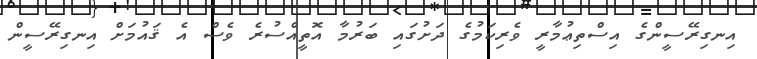
އިނގިރޭސީންގެ އިސްތިޢުމާރީ ވެރިކަމުގެ ދަށުގައި ބަރުމާ އޮތީއްސުރެ ވެސް އެ ޤައުމަށް އިނގިރޭސީން